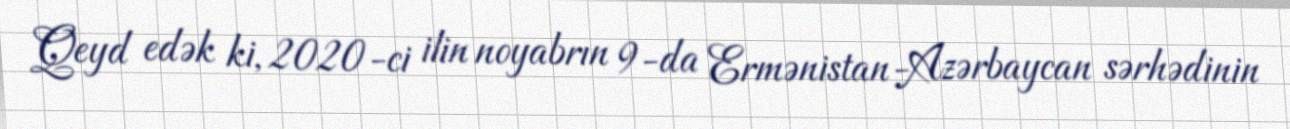
Qeyd edək ki, 2020-ci ilin noyabrın 9-da Ermənistan-Azərbaycan sərhədinin